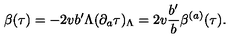
\beta ( \tau ) = - 2 v b ^ { \prime } \Lambda ( \partial _ { a } \tau ) _ { \Lambda } = 2 v { \frac { b ^ { \prime } } { b } } \beta ^ { ( a ) } ( \tau ) .